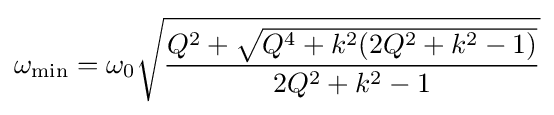
\omega _{\text{min}}=\omega _{0}{\sqrt {\frac {Q^{2}+{\sqrt {Q^{4}+k^{2}(2Q^{2}+k^{2}-1)}}}{2Q^{2}+k^{2}-1}}}